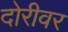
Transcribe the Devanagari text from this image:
दोरीवर